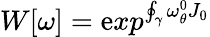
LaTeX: W[\omega]=\mathrm{e}xp^{\oint_{\gamma}\omega_{\theta}^{0}J_{0}}